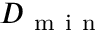
D _ { \mathrm { ~ m ~ i ~ n ~ } }